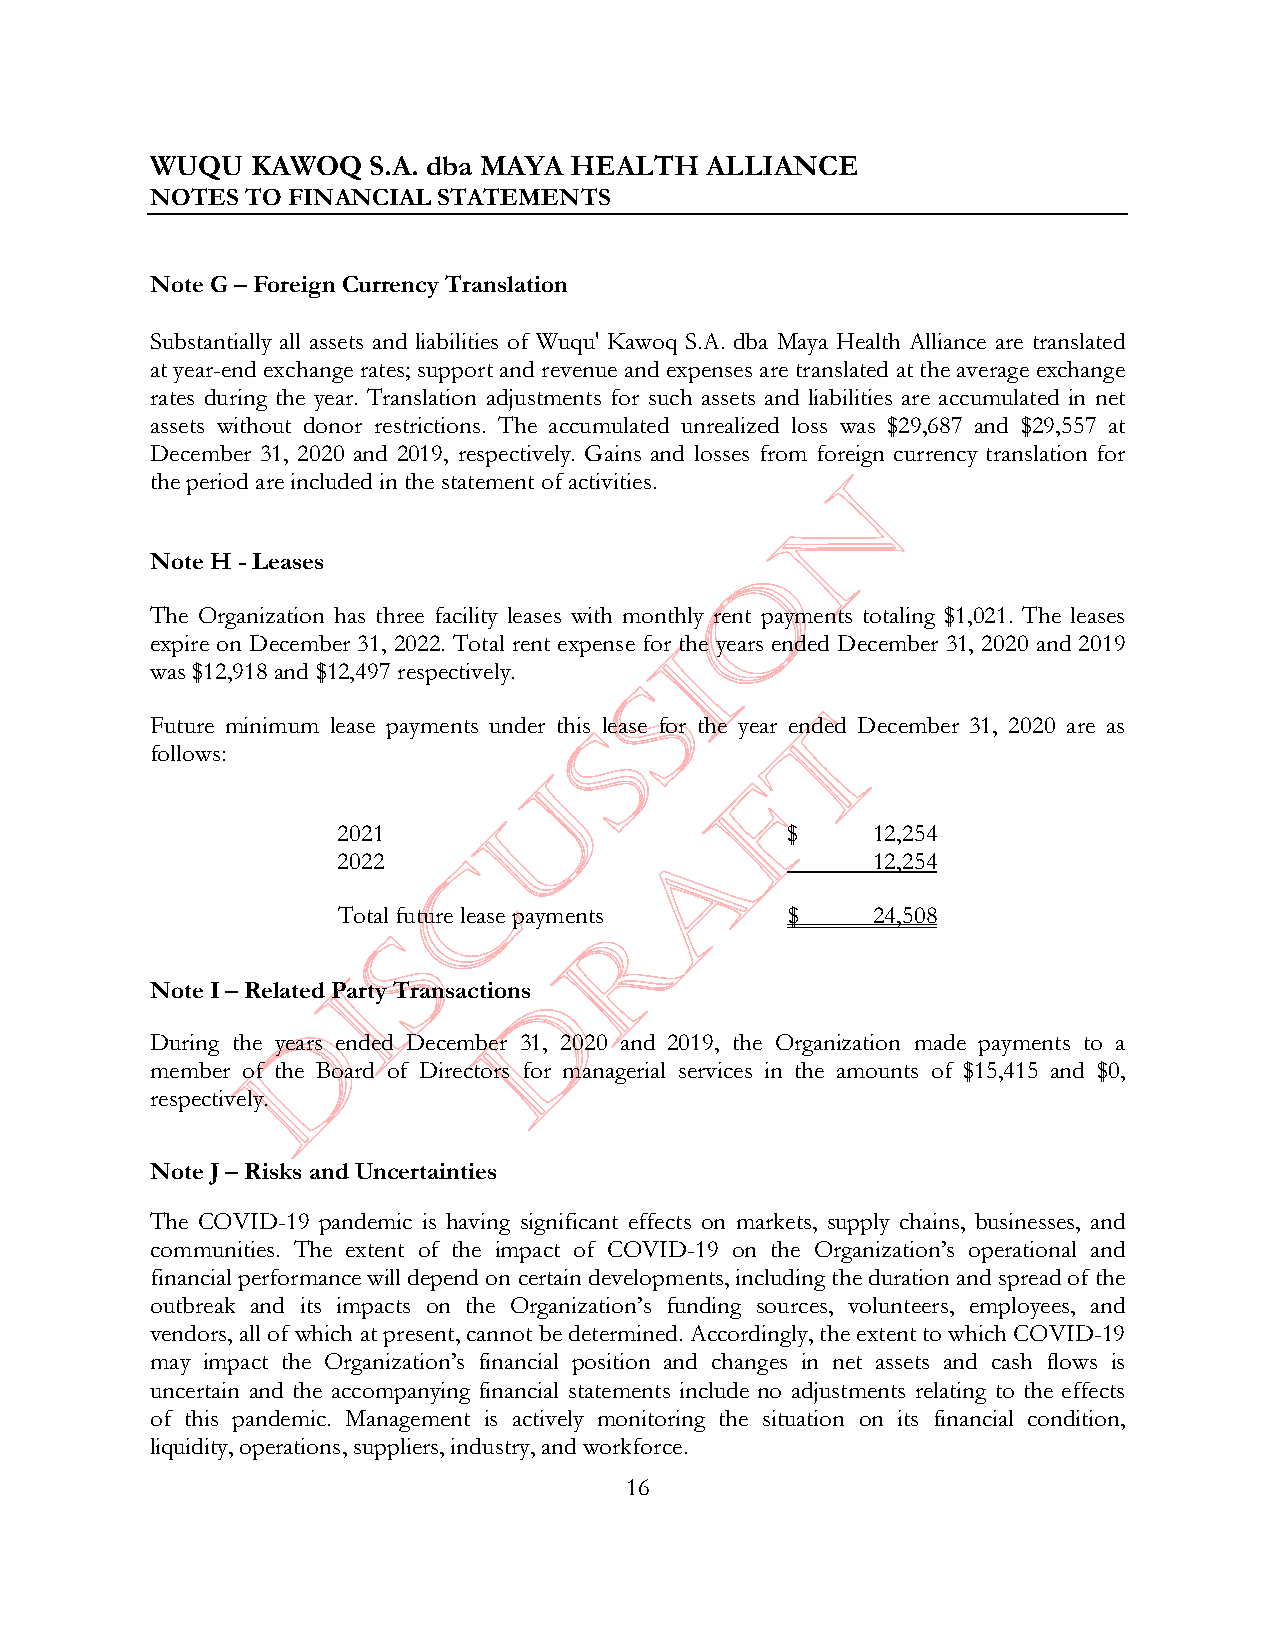
WUQU   KAWOQ  S.A. dba MAYA HEALTH   ALLIANCE
 NOTES TO FINANCIAL STATEMENTS
 Note G –ForeignCurrency Translation
 Substantially all assets and liabilities of Wuqu' Kawoq S.A. dba Maya Health Alliance are translated
 at year-end exchange rates; support and revenue and expenses are translated at the average exchange
 r ates during the year. Translation adjustments for such assets and liabilities are accumulated in net
 assets without donor restrictions. The accumulated unrealized loss was $29,687 and $29,557 at
 D ecember 31, 2020 and 2019, respectively. Gains and losses from foreign currency translation for
 t he period are included in the statement of activities.
 N ote H -Leases
 T he Organization has three facility leases with monthly rent payments totaling $1,021. The leases
 e xpire on December 31, 2022. Total rent expense for the years ended December 31, 2020 and 2019
 was $12,918 and $12,497respectively.
 Future minimum lease payments under this lease for the year ended December 31, 2020 are as
 follows:
 2021                          $     12,254
 2022                                12,254
 Total future lease payments   $     24,508
 Note I –Related Party Transactions
 During the years ended December 31, 2020 and 2019, the Organization made payments to a
 member of the Board of Directors for managerial services in the amounts of $15,415 and $0,
 respectively.
 Note J –Risks andUncertainties
 The COVID-19 pandemic is having significant effects on markets, supply chains, businesses, and
 communities. The extent of the impact of COVID-19 on the Organization’s operational and
 financial performance will depend on certain developments, including the durationand spread of the
 outbreak and its impacts on the Organization’s funding sources, volunteers, employees, and
 vendors, all of which at present, cannot be determined. Accordingly, the extent to which COVID-19
 may impact the Organization’s financial position and changes in net assets and cash flows is
 uncertain and the accompanying financial statements include no adjustments relating to the effects
 of this pandemic. Management is actively monitoring the situation on its financial condition,
 liquidity, operations, suppliers, industry, andworkforce.
 16